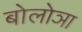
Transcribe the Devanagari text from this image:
बोलोञा